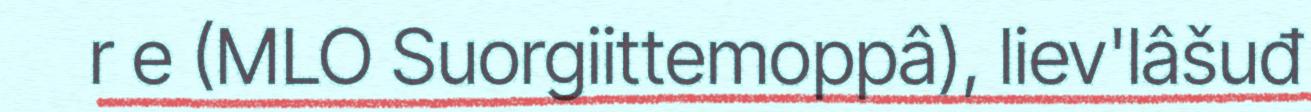
r e (MLO Suorgiittemoppâ), liev'lâšuđ